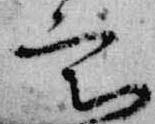
宮